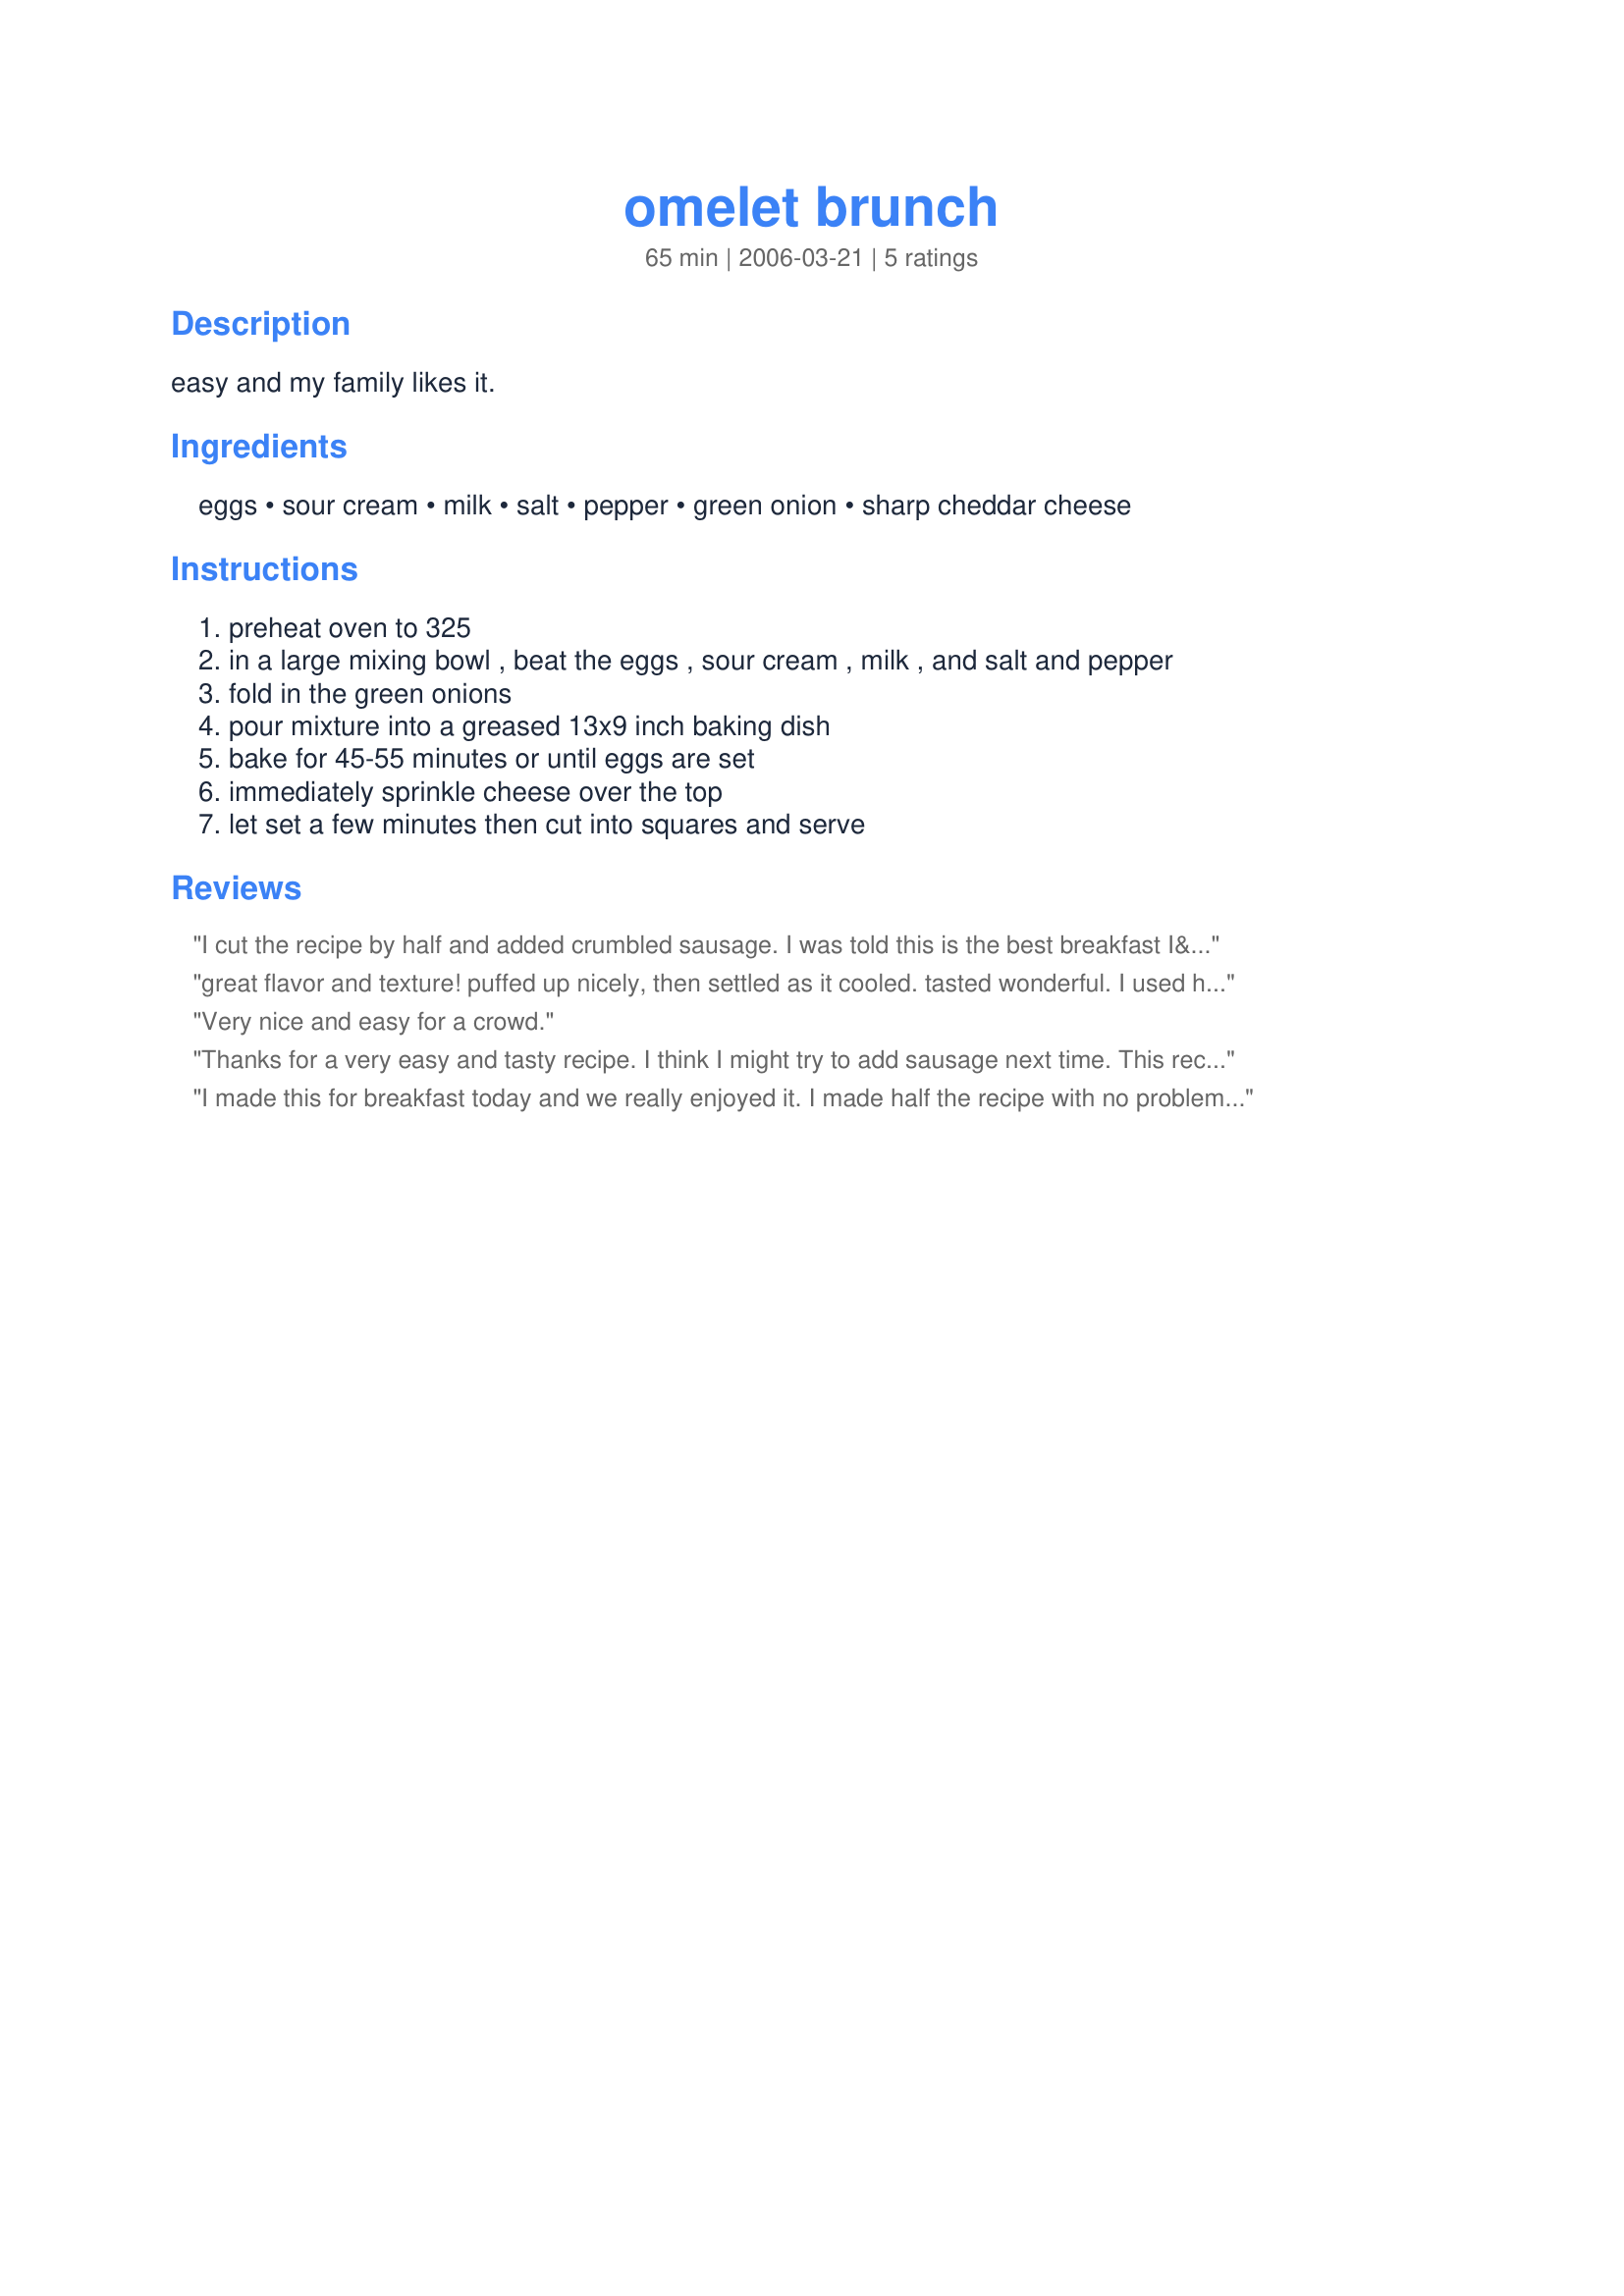
omelet brunch
Preparation time: 65 minutes

easy and my family likes it.

Ingredients:
eggs, sour cream, milk, salt, pepper, green onion, sharp cheddar cheese

Steps:
preheat oven to 325, in a large mixing bowl , beat the eggs , sour cream , milk , and salt and pepper, fold in the green onions, pour mixture into a greased 13x9 inch baking dish, bake for 45-55 minutes or until eggs are set, immediately sprinkle cheese over the top, let set a few minutes then cut into squares and serve

Reviews:
I cut the recipe by half and added crumbled sausage. I was told this is the best breakfast I&#039;ve ever made.
great flavor and texture! puffed up nicely, then settled as it cooled. tasted wonderful. I used half cheddar half pepper jack which was a great success.
Very nice and easy for a crowd.
Thanks for a very easy and tasty recipe. I think I might try to add sausage next time. This recipe is a keeper.
I made this for breakfast today and we really enjoyed it. I made half the recipe with no problems. It really tastes like a souffle. It was very easy to put together and I baked for 50 minutes. This recipe would be great for a holiday breakfast! Thanks for posting!
